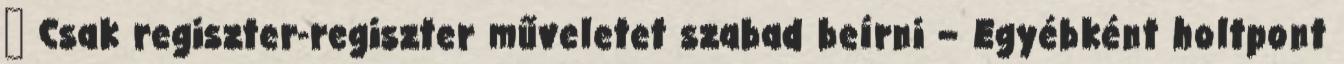
● Csak regiszter-regiszter műveletet szabad beírni – Egyébként holtpont